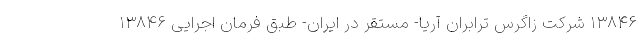
۱۳۸۴۶ شرکت زاگرس ترابران آریا- مستقر در ایران- طبق فرمان اجرایی ۱۳۸۴۶